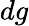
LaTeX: dg